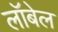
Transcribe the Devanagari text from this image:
लॉबेल